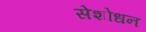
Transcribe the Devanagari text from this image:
सेशोधन